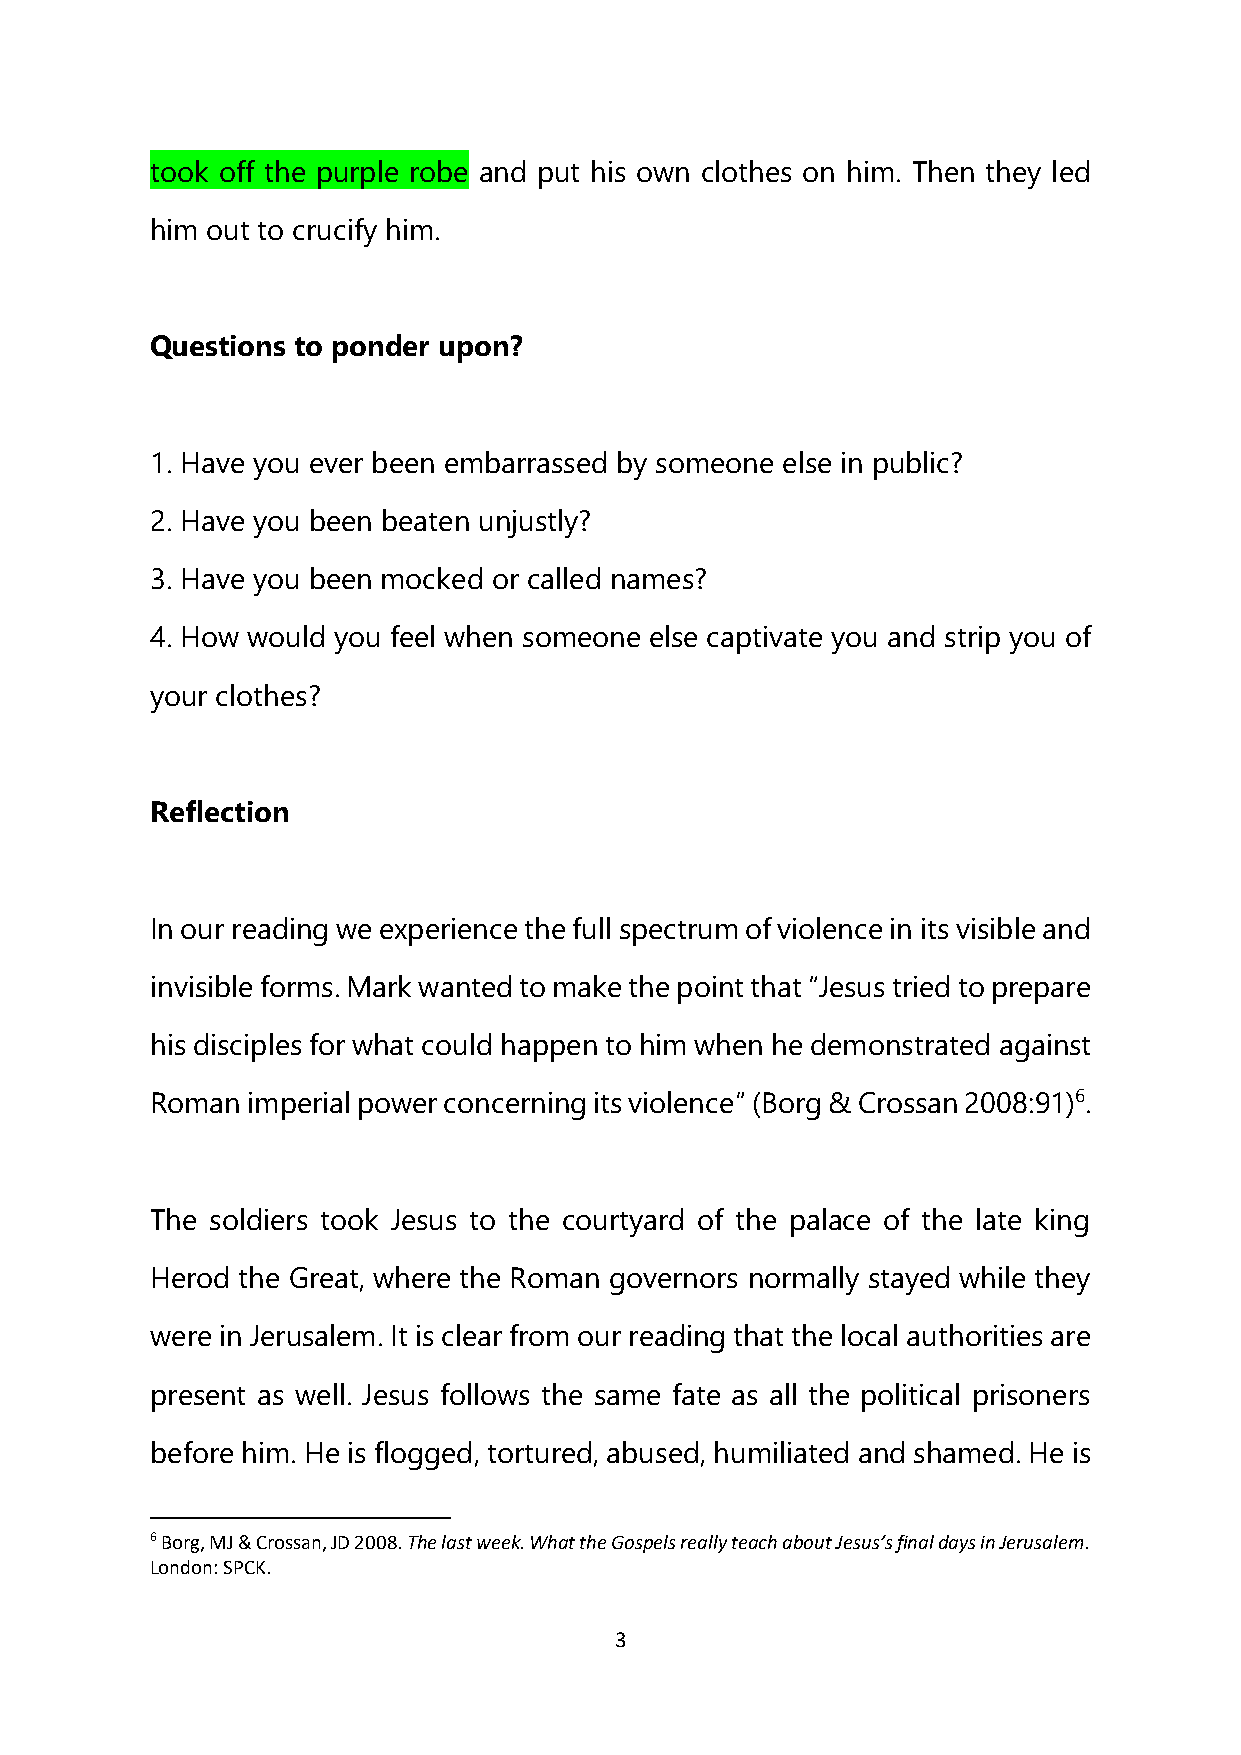
took off the purple robe and put his own clothes on him. Then they led
 him out to crucify him.
 Questions to ponder upon?
 1. Have you ever been embarrassed by someone else in public?
 2. Have you been beaten unjustly?
 3. Have you been mocked or called names?
 4. How would you feel when someone else captivate you and strip you of
 your clothes?
 Reflection
 In our reading we experience the full spectrum of violence in its visible and
 invisible forms. Mark wanted to make the point that “Jesus tried to prepare
 his disciples for what could happen to him when he demonstrated against
 Roman imperial power concerning its violence” (Borg & Crossan 2008:91)6.
 The soldiers took Jesus to the courtyard of the palace of the late king
 Herod the Great, where the Roman governors normally stayed while they
 were in Jerusalem. It is clear from our reading that the local authorities are
 present as well. Jesus follows the same fate as all the political prisoners
 before him. He is flogged, tortured, abused, humiliated and shamed. He is
 6 Borg, MJ & Crossan, JD 2008. The last week. What the Gospels really teach about Jesus’s final days in Jerusalem.
 London: SPCK.
 3